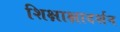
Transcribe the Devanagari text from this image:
शिक्षाक्षादर्शन